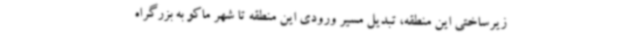
زیرساختی این منطقه، تبدیل مسیر ورودی این منطقه تا شهر ماکو به بزرگراه